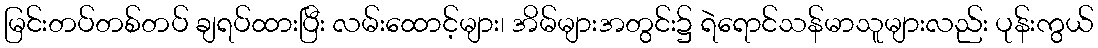
မြင်းတပ်တစ်တပ် ချရပ်ထားပြီး လမ်းထောင့်များ၊ အိမ်များအတွင်း၌ ရဲရောင်သန်မာသူများလည်း ပုန်းကွယ်